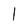
Character: l